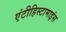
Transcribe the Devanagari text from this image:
एंटीहिस्टामाइंस